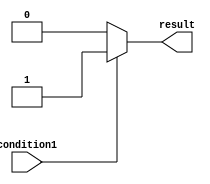
module IfElseStructure (
    input wire condition1,
    output reg result
);

always @(*) begin
    if (condition1) begin
        result <= 1;
    end
    else begin
        result <= 0;
    end
end

endmodule